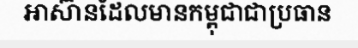
អាស៊ានដែលមានកម្ពុជាជាប្រធាន